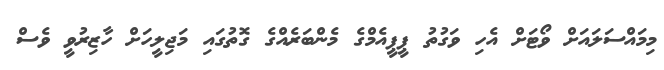
މިމައްސަލައަށް ވޯޓަށް އެހި ވަގުތު ޕީޕީއެމްގެ މެންބަރެއްގެ ގޮތުގައި މަޖިލީހަށް ހާޒިރުވީ ވެސް